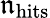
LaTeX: \mathfrak{n}_{\mathrm{{hits}}}